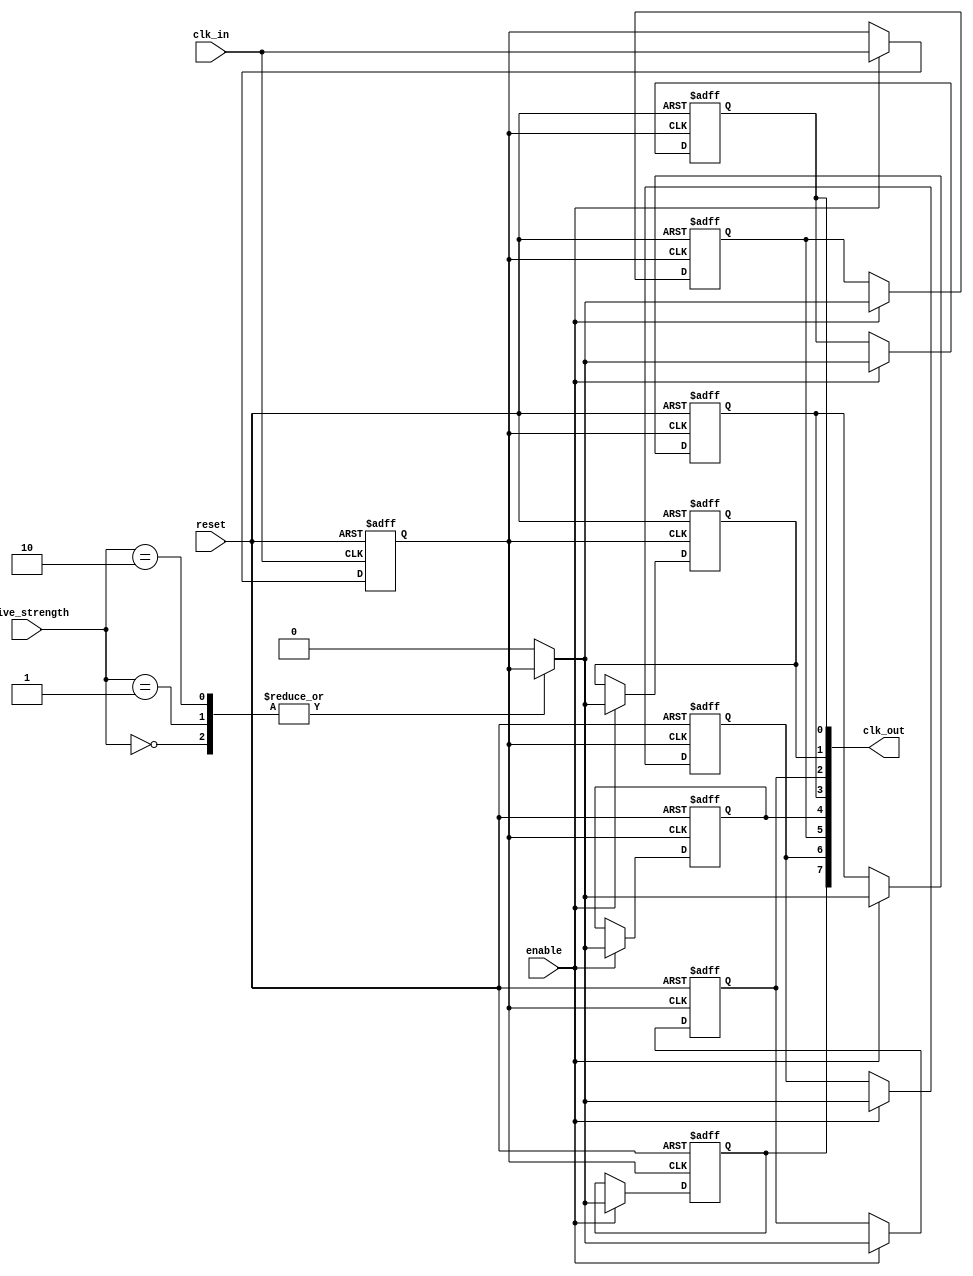
module high_fanout_clock_buffer (
    input wire clk_in,          // Input clock signal
    input wire reset,          // Reset signal to isolate outputs
    input wire enable,         // Enable signal for the buffer
    input wire [1:0] drive_strength, // Programmable drive strength
    output wire [7:0] clk_out  // Output clock signals (8 outputs for example)
);

    // Parameter definitions for drive strength
    localparam DRIVE_STRONG = 2'b00;
    localparam DRIVE_MEDIUM = 2'b01;
    localparam DRIVE_WEAK    = 2'b10;

    // Internal signals
    wire clk_buf;  // Buffered clock signal

    // Input stage: Buffer the incoming clock signal
    always @(posedge clk_in or posedge reset) begin
        if (reset) begin
            // During reset, isolate the output clock
            clk_buf <= 1'b0;
        end else if (enable) begin
            clk_buf <= clk_in; // Pass the input clock to the buffer
        end
    end

    // Buffering stage: Drive the output clocks
    genvar i;
    generate
        for (i = 0; i < 8; i = i + 1) begin : clock_output
            // Output driver with programmable drive strength
            always @(posedge clk_buf or posedge reset) begin
                if (reset) begin
                    clk_out[i] <= 1'b0; // Isolate output during reset
                end else if (enable) begin
                    case (drive_strength)
                        DRIVE_STRONG:  clk_out[i] <= clk_buf; // Strong drive
                        DRIVE_MEDIUM:  clk_out[i] <= clk_buf; // Medium drive
                        DRIVE_WEAK:    clk_out[i] <= clk_buf; // Weak drive
                        default:       clk_out[i] <= 1'b0;    // Default to low
                    endcase
                end
            end
        end
    endgenerate

endmodule